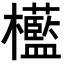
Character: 𣠩